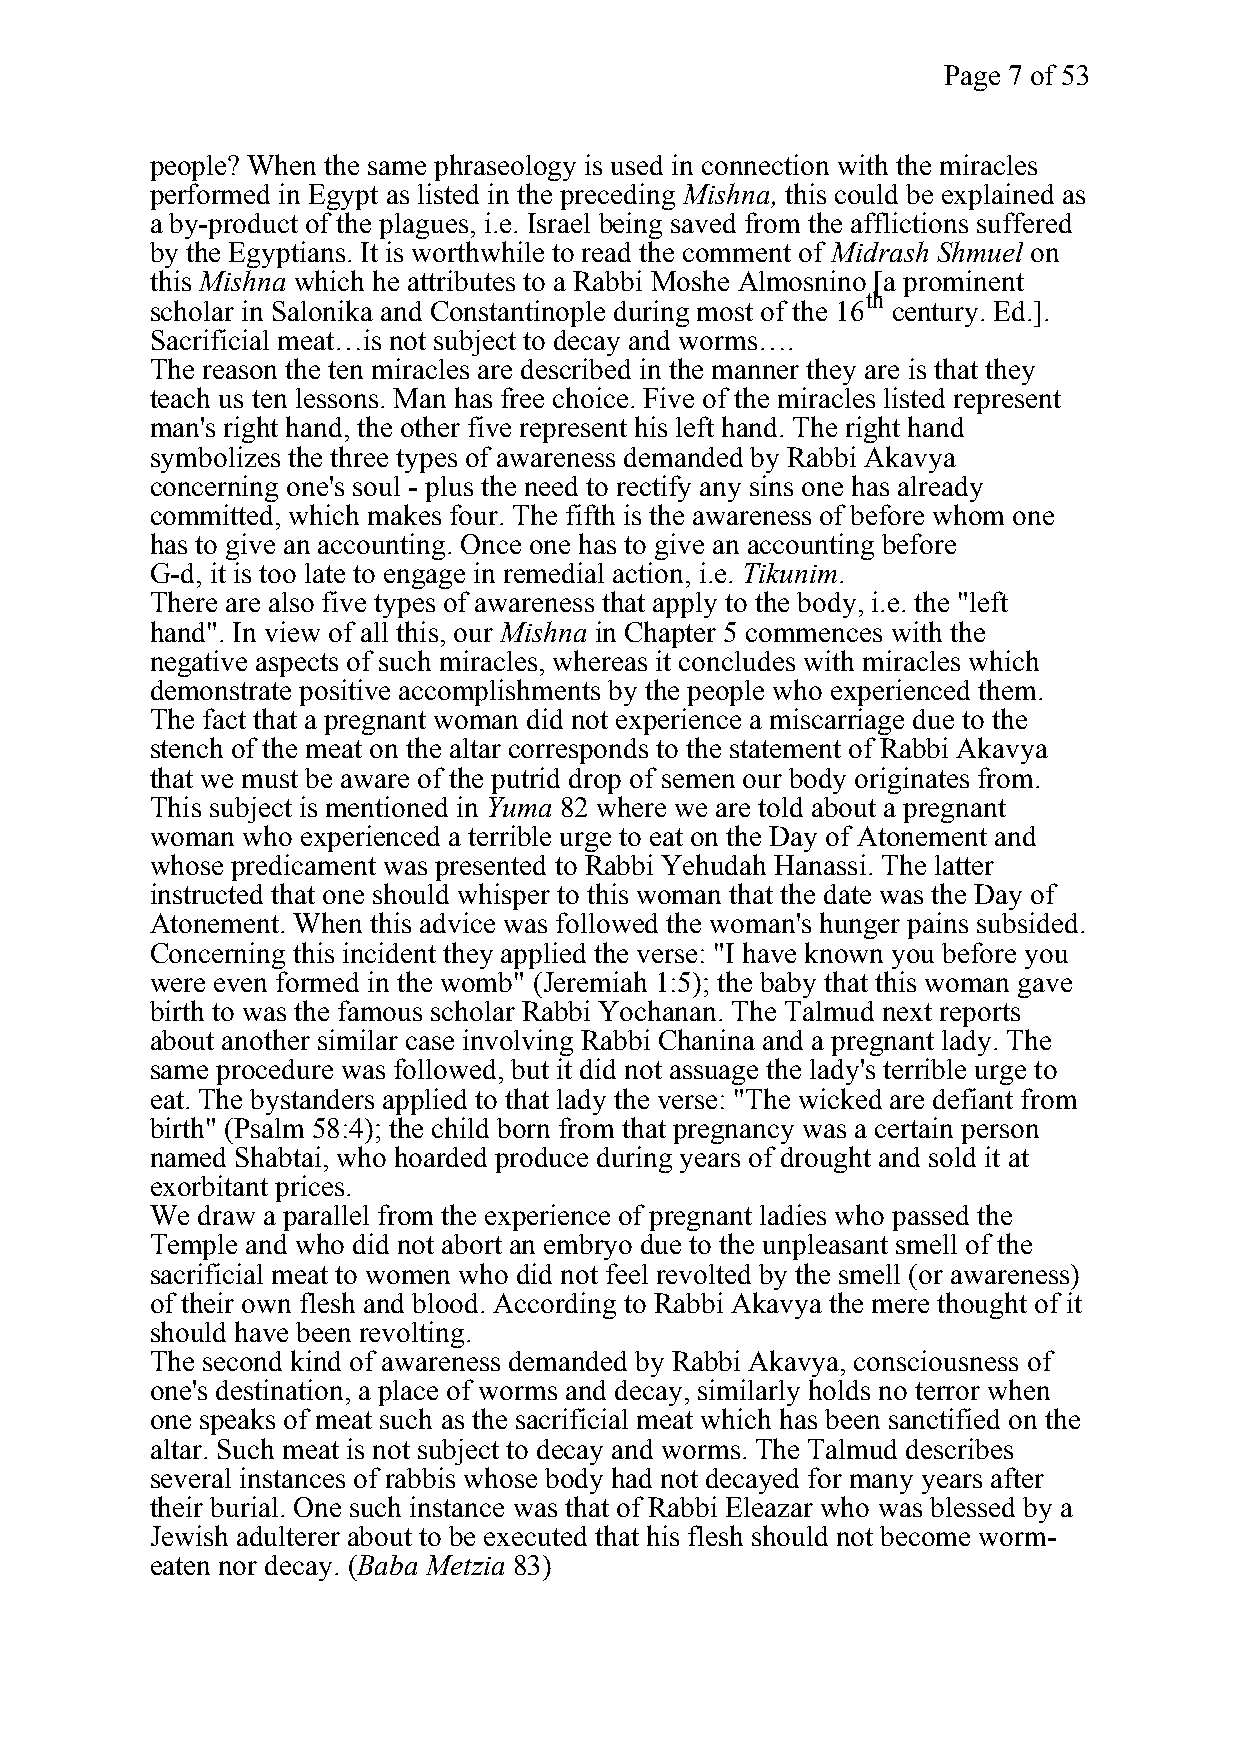
Page 7 of 53
 people? When the same phraseology is used in connection with the miracles
 performed in Egypt as listed in the preceding Mishna, this could be explained as
 a by-product of the plagues, i.e. Israel being saved from the afflictions suffered
 by the Egyptians. It is worthwhile to read the comment of Midrash Shmuel on
 this Mishna which he attributes to a Rabbi Moshe Almosnino [a prominent
 th
 scholar in Salonika and Constantinople during most of the 16 century. Ed.].
 Sacrificial meat…is not subject to decay and worms….
 The reason the ten miracles are described in the manner they are is that they
 teach us ten lessons. Man has free choice. Five of the miracles listed represent
 man's right hand, the other five represent his left hand. The right hand
 symbolizes the three types of awareness demanded by Rabbi Akavya
 concerning one's soul - plus the need to rectify any sins one has already
 committed, which makes four. The fifth is the awareness of before whom one
 has to give an accounting. Once one has to give an accounting before
 G-d, it is too late to engage in remedial action, i.e. Tikunim.
 There are also five types of awareness that apply to the body, i.e. the "left
 hand". In view of all this, our Mishna in Chapter 5 commences with the
 negative aspects of such miracles, whereas it concludes with miracles which
 demonstrate positive accomplishments by the people who experienced them.
 The fact that a pregnant woman did not experience a miscarriage due to the
 stench of the meat on the altar corresponds to the statement of Rabbi Akavya
 that we must be aware of the putrid drop of semen our body originates from.
 This subject is mentioned in Yuma 82 where we are told about a pregnant
 woman who experienced a terrible urge to eat on the Day of Atonement and
 whose predicament was presented to Rabbi Yehudah Hanassi. The latter
 instructed that one should whisper to this woman that the date was the Day of
 Atonement. When this advice was followed the woman's hunger pains subsided.
 Concerning this incident they applied the verse: "I have known you before you
 were even formed in the womb" (Jeremiah 1:5); the baby that this woman gave
 birth to was the famous scholar Rabbi Yochanan. The Talmud next reports
 about another similar case involving Rabbi Chanina and a pregnant lady. The
 same procedure was followed, but it did not assuage the lady's terrible urge to
 eat. The bystanders applied to that lady the verse: "The wicked are defiant from
 birth" (Psalm 58:4); the child born from that pregnancy was a certain person
 named Shabtai, who hoarded produce during years of drought and sold it at
 exorbitant prices.
 We draw a parallel from the experience of pregnant ladies who passed the
 Temple and who did not abort an embryo due to the unpleasant smell of the
 sacrificial meat to women who did not feel revolted by the smell (or awareness)
 of their own flesh and blood. According to Rabbi Akavya the mere thought of it
 should have been revolting.
 The second kind of awareness demanded by Rabbi Akavya, consciousness of
 one's destination, a place of worms and decay, similarly holds no terror when
 one speaks of meat such as the sacrificial meat which has been sanctified on the
 altar. Such meat is not subject to decay and worms. The Talmud describes
 several instances of rabbis whose body had not decayed for many years after
 their burial. One such instance was that of Rabbi Eleazar who was blessed by a
 Jewish adulterer about to be executed that his flesh should not become worm-
 eaten nor decay. (Baba Metzia 83)